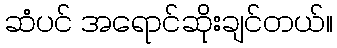
ဆံပင် အရောင်ဆိုးချင်တယ်။